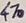
Text: 470